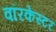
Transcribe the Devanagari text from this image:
वॉरकेस्टर